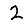
Digit: 2